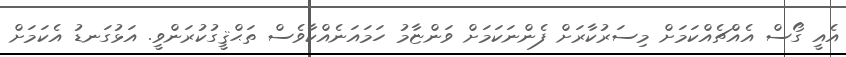
އެއީ ގޯސް އެއްޗެއްކަމަށް މިސަރުކާރަށް ފެންނަކަމަށް ވަންޏާމު ހަމައަނެއްކާވެސް ތަޙްޤީގުކުރަންވީ. އަޅުގަނޑު އެކަމަށް